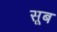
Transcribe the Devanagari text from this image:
सूब